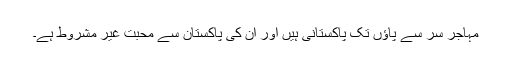
مہاجر سر سے پاؤں تک پاکستانی ہیں اور ان کی پاکستان سے محبت غیر مشروط ہے۔